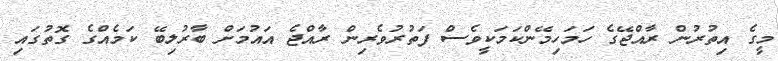
މީގެ އިތުރުން ރާއްޖޭގެ ހަމަހިމޭންކަމަކީވެސް ފަތުރުވެރިން ރާއްޖެ އައުމަށް ބާރުލިބޭ ކަމެއްގެ ގޮތުގައި